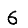
Digit: 6